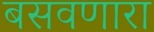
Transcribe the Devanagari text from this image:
बसवणारा